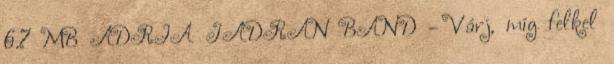
6.7 MB ADRIA JADRAN BAND - Várj, míg felkel